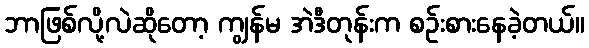
ဘာဖြစ်လို့လဲဆိုတော့ ကျွန်မ အဲဒီတုန်းက စဉ်းစားနေခဲ့တယ်။